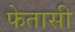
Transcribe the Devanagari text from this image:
फेतासी